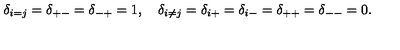
\delta _ { i = j } = \delta _ { + - } = \delta _ { - + } = 1 , \quad \delta _ { i \neq j } = \delta _ { i + } = \delta _ { i - } = \delta _ { + + } = \delta _ { -- } = 0 .